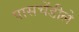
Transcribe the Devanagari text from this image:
पासचेंडीले